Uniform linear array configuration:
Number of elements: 64
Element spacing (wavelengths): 0.25
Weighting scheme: binomial
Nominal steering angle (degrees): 45
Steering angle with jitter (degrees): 44.85
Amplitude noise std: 0.05
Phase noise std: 0.05

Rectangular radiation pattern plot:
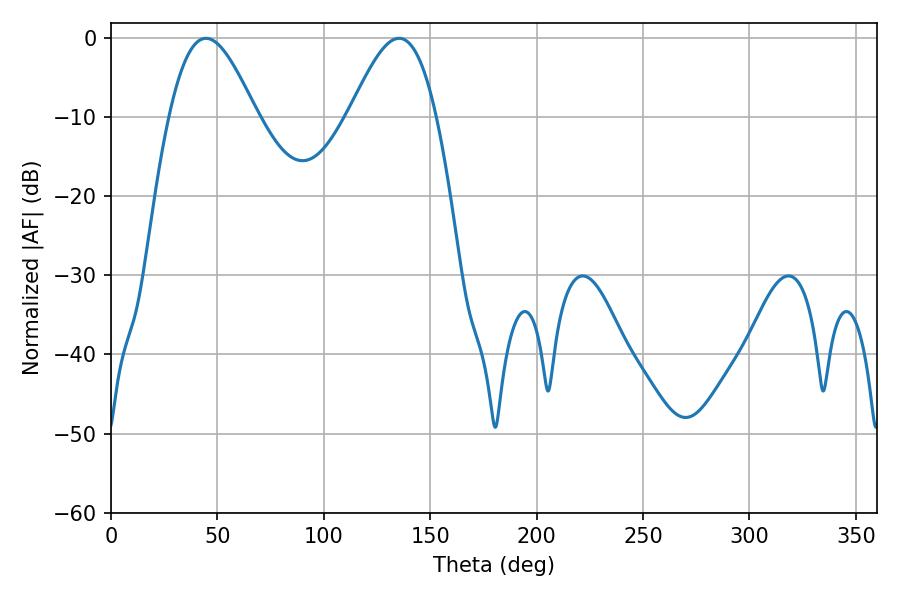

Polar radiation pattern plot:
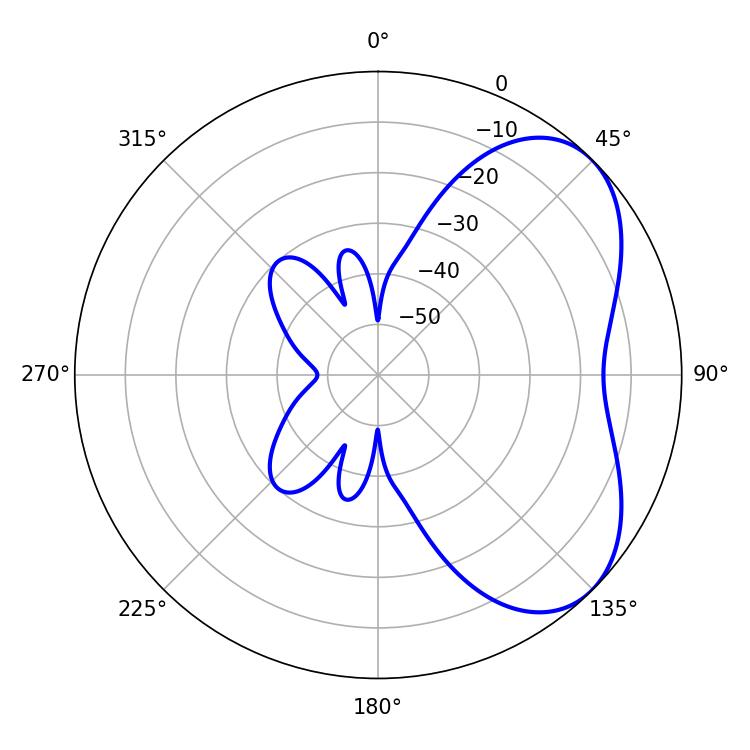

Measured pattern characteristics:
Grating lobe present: FALSE
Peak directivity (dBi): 5.074
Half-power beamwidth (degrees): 21.78
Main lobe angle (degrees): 44.64